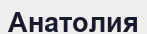
Анатолия